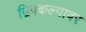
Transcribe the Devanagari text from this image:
द्विपकल्पावर